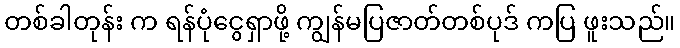
တစ်ခါတုန်း က ရန်ပုံငွေရှာဖို့ ကျွန်မပြဇာတ်တစ်ပုဒ် ကပြ ဖူးသည်။